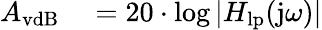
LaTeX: \begin{array}{rl}{A_{\mathrm{vdB}}}&{{}=20\cdot\log|H_{\mathrm{lp}}(\mathrm{j}\omega)|}\end{array}